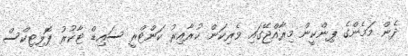
ދެން މަމެންގެ ޕިންކީން މިރާއްޖޭގައި ވެރިކަން ކުރާއިރު ކަންޓްރީ ސައިޑް ޓާކުރު ޕޮލިޓިކްސް